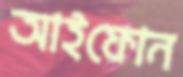
আইফোন